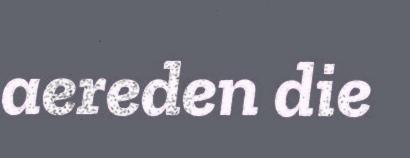
aereden die